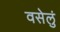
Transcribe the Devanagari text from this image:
वसेलुं